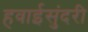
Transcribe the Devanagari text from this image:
हवाईसुंदरी